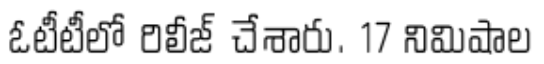
ఓటీటీలో రిలీజ్ చేశారు. 17 నిమిషాల